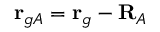
\mathbf { r } _ { g A } = \mathbf { r } _ { g } - \mathbf { R } _ { A }